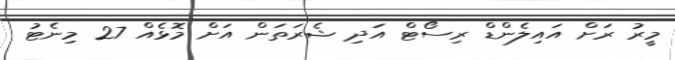
މީރު ރަށް އައިލެންޑް ރިސޯޓް އަދި ޝެރަތަން އަށް މޮޅެއް 27 މިނެޓު